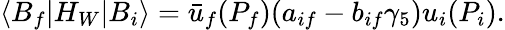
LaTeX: \langle B_{f}\vert H_{W}\vert B_{i}\rangle=\bar{u}_{f}(P_{f})(a_{if}-b_{if}\gamma_{5})u_{i}(P_{i}).